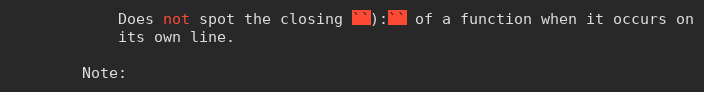
Language: Python
            Does not spot the closing ``):`` of a function when it occurs on
            its own line.

        Note: